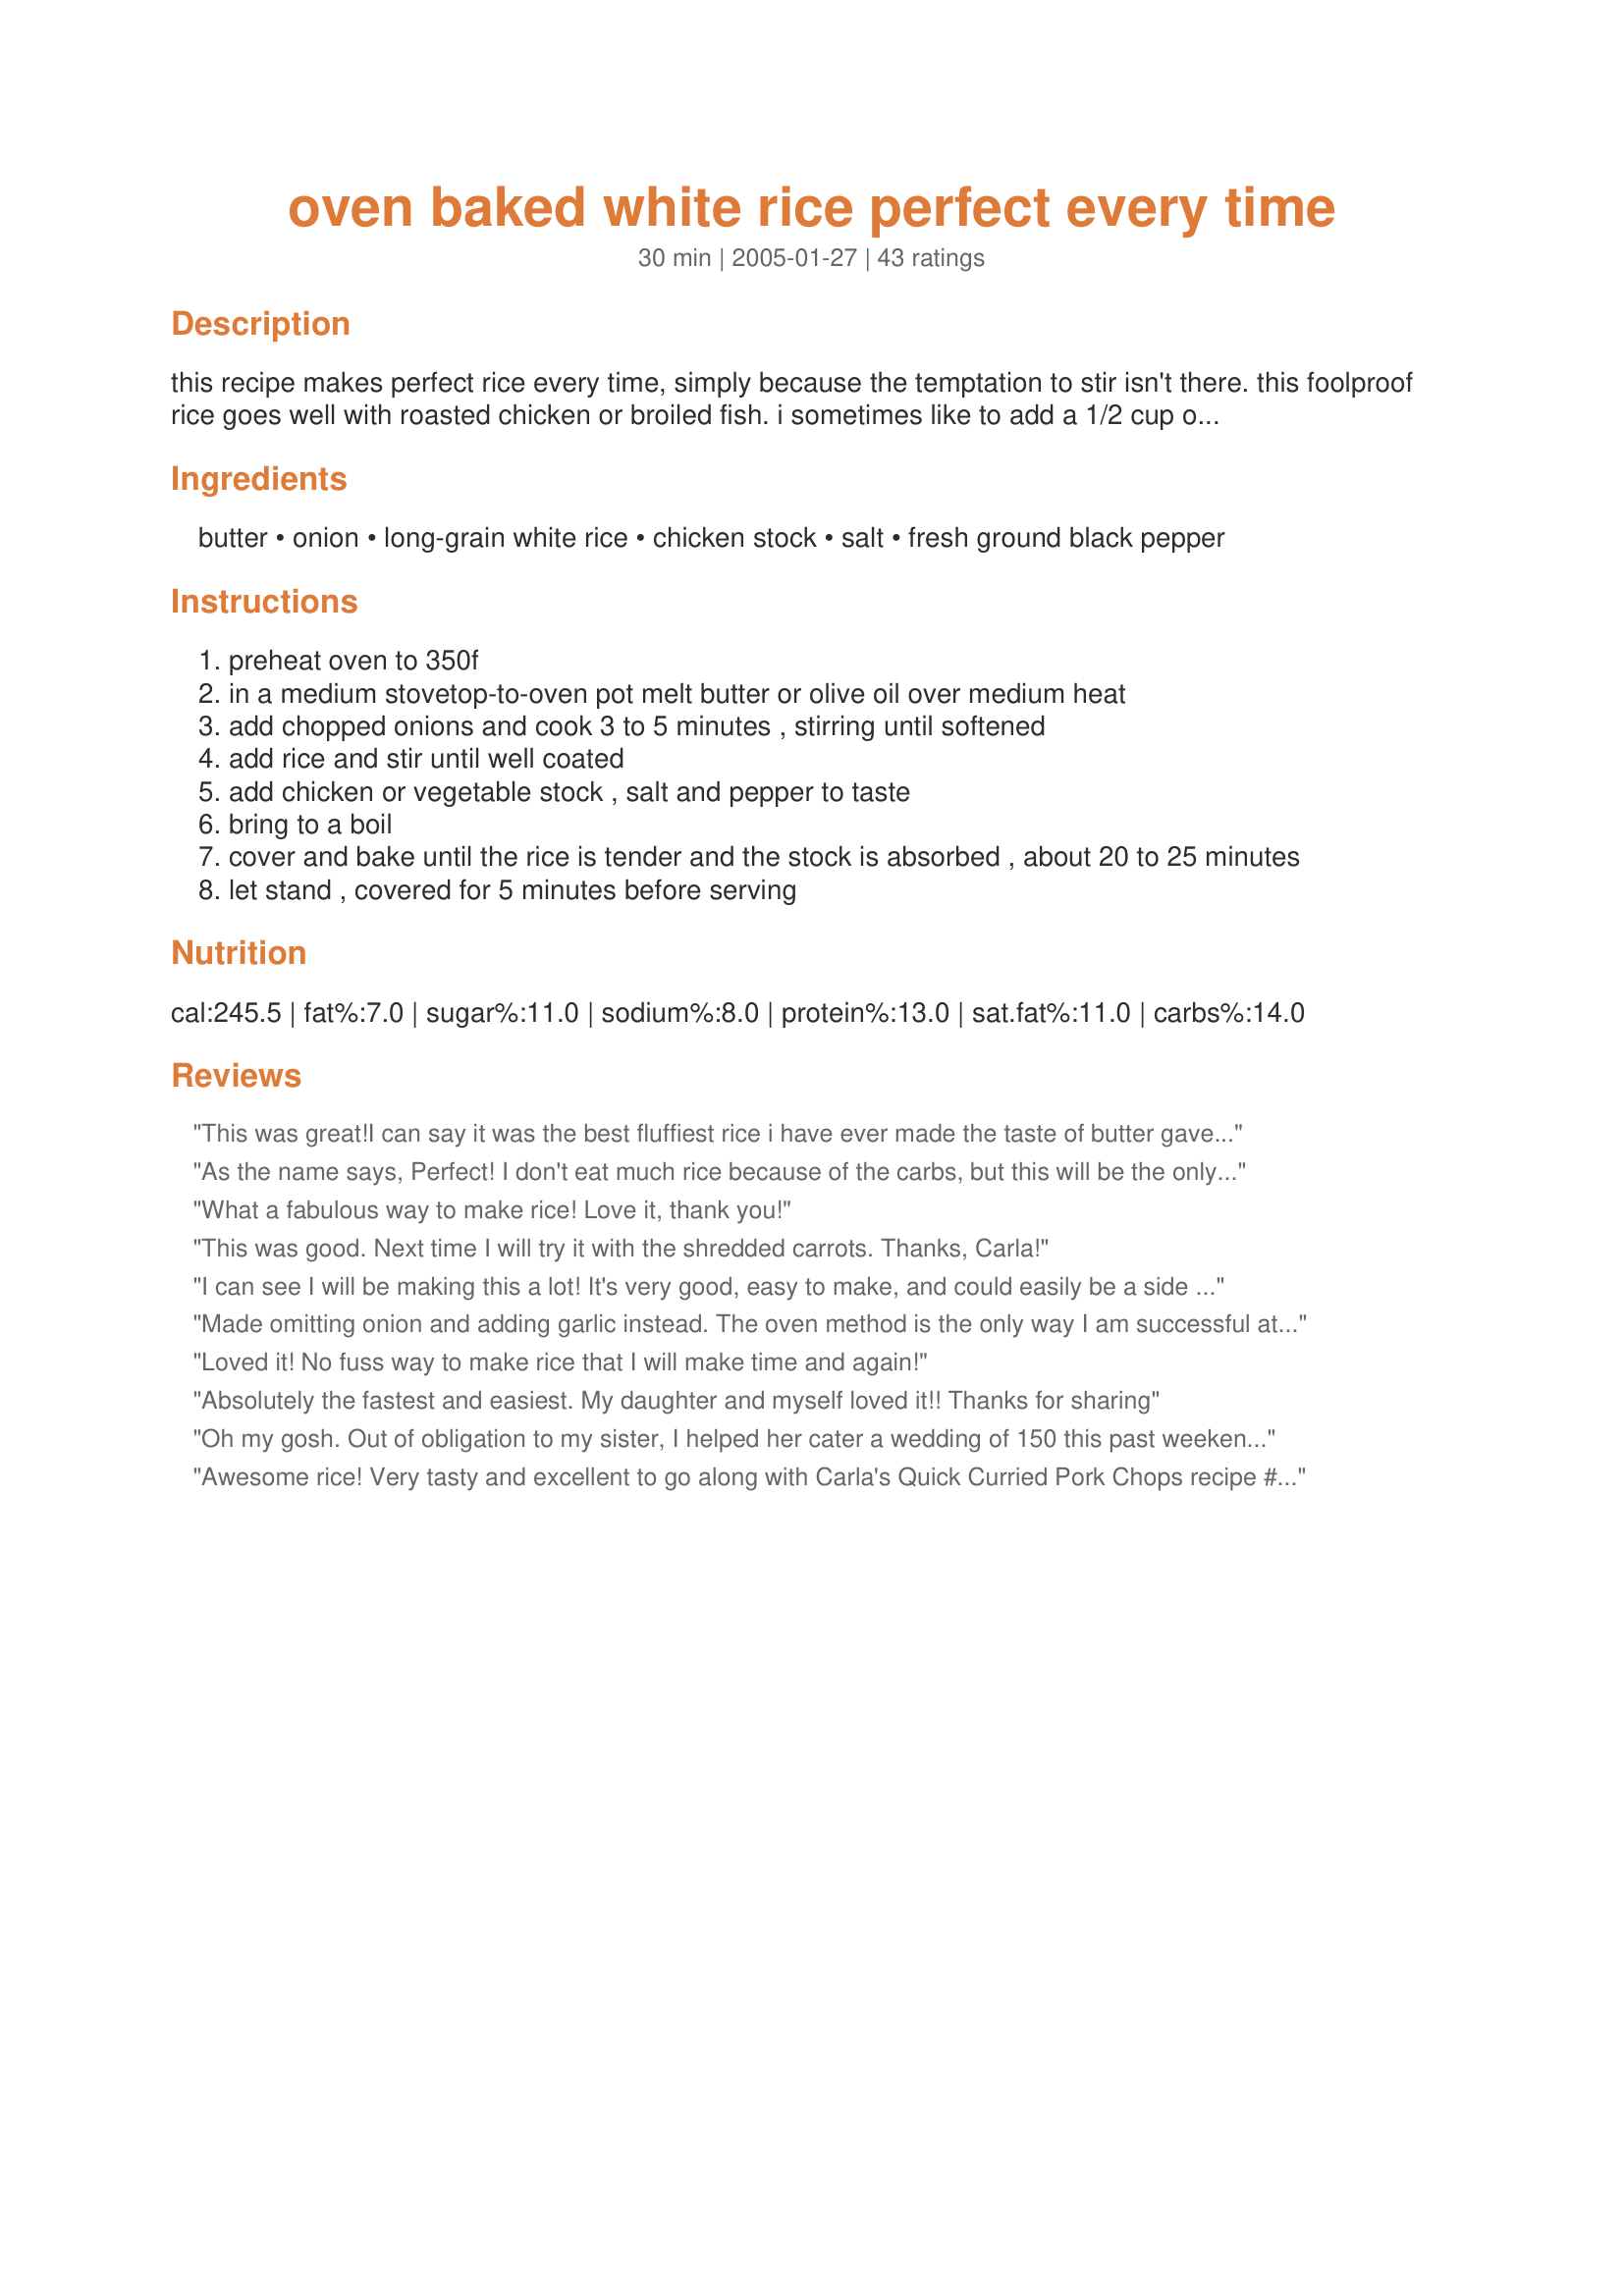
oven baked white rice perfect every time
Preparation time: 30 minutes

this recipe makes perfect rice every time, simply because the temptation to stir isn't there. this foolproof rice goes well with roasted chicken or broiled fish. i sometimes like to add a 1/2 cup of shredded carrots in addition to the onion to give it a flash of color.

Ingredients:
butter, onion, long-grain white rice, chicken stock, salt, fresh ground black pepper

Steps:
preheat oven to 350f
in a medium stovetop-to-oven pot melt butter or olive oil over medium heat
add chopped onions and cook 3 to 5 minutes , stirring until softened
add rice and stir until well coated
add chicken or vegetable stock , salt and pepper to taste
bring to a boil
cover and bake until the rice is tender and the stock is absorbed , about 20 to 25 minutes
let stand , covered for 5 minutes before serving

Reviews:
This was great!I can say it was the best fluffiest rice i have ever made the taste of butter gave it an amazing flavor.Thanks for posting!
As the name says, Perfect! I don't eat much rice because of the carbs, but this will be the only recipe I will use in the future. I can forget about it without having to clean it up, and it's not the boring white stuff. Thank you.
What a fabulous way to make rice! Love it, thank you!
This was good. Next time I will try it with the shredded carrots. Thanks, Carla!
I can see I will be making this a lot! It's very good, easy to make, and could easily be a side for any number of main dishes. I used olive oil, added the carrots and used two chicken bullion cubes in two cups of boiling water for the chicken stock. 20 minutes in the oven was the perfect time. I love it!!
Made omitting onion and adding garlic instead. The oven method is the only way I am successful at making rice! Turned out perfect!
Loved it! No fuss way to make rice that I will make time and again!
Absolutely the fastest and easiest. My daughter and myself loved it!! Thanks for sharing
Oh my gosh. Out of obligation to my sister, I helped her cater a wedding of 150 this past weekend. She owns a restaurant but cannot cook. I've never cooked for a crowd. We were both very worried. The wedding had a Hawaiian theme and we made this rice. We made four large disposable pans (two batches in each pan). Just like you said, it came out perfect.
Thank you for this fabulous recipe.
Awesome rice! Very tasty and excellent to go along with Carla's Quick Curried Pork Chops recipe #61176. 
The rice was differently Perfect!!! 
Thanks Carla for another wonderful recipe!
This rice went well with a tilapia recipe I was making. I did use the vegetable stock as I figured it would go better than the chicken stock, and was very pleased with the results. Thank you Carla. :)
Made this at the soup kitchen for 100 people! Perfect and delicious!!
Simply the BEST rice recipe ever! I changed the preparation however, because I increased the servings to 80 people for our Family Reunion. I sauteed the onions in a separate skillet, made the broth in a pot, and then added the sauteed onions. I put the rice in the pan of my large electric roaster oven, poured the broth over it and stirred the broth into it thoroughly. I set the temperature to 350 degrees and baked it for 20-25 minutes. It turned out perfect - just like the name says! Thank you for submitting this wonderful recipe that will feed a crowd. By the way, I served it with recipe #77031, Braised and Barbecued Chicken Thighs. The sauce from this was so good we used it over the rice even when the chicken was all gone!
Ive never been able to make rice. I bake my own bread, make my own pasta dough, pizza dough, bbq sauces and marinades. I can cook just about anything but rice. Mine always turns out mushy, slightly crunchy, or both somehow. This recipe is perfect as is. Ill add beans or diced tomatoes with salsa and chiles depending on the main dish, but 24 mins plus 5 mins resting time and its always perfect. I double the recipe and use the leftovers for fried rice or arancini. Thank you for this recipe!
Very nice rice! I used a saucepan to saute the onions in olive oil, added all the other ingredients and when it came to a boil I put it in a 2 qt glass pan,covered it with aluminum foil and put it in the oven for 30 minutes at 350. I turned out great. We will have this again. Thanks for the recipe.&lt;br/&gt;Carole in Orlando
While this may be tasty, all you&#039;ve done with this recipe is complicate the rice making process. Is it Oven Baked Rice, Stove Top Rice OR Stove Top Started - Oven Finished Rice???
Excellent recipe. I love the fact that you can use your homemade broth to tie in the flavours to your main meal & the rice doesn't stick to your pot this way of cooking. Great rice, thanks for sharing.
I didn't have as much luck with this recipe as others did, apparently. The recipe progressed fine until I baked it in the oven for 20 minutes, then I opened it to see if the liquid was cooked off and was dismayed to see that quite a bit of liquid was still present. I put it back in for another 7 minutes and checked again. There was less liquid, so I let it set covered for 10 minutes, then served. It was gloppy and way too moist. While it tasted fine, we prefer drier rice. thanks for posting.
This recipe is easy and has a good taste. I reduced the liquid to 3/4 cup versus 1 cup and it was ready on time and not soupy.<br/><br/>For variety, next time I will dissolve bouillon cubes to make the broth, since the flavor is different & maybe even add finely chopped cilantro right before serving. Thanks for sharing!
This rice is delicious! I made it with the olive oil instead of the butter and i also added shredded carrots. I made this to go with BBQed chicken and plain wheat bread and butter. It went perfect with it. Thank you, Carla.
Perfect rice! The recipe doubled nicely and was used as a base for Recipe #131989. I can see me making this again.
Simple and so good. I used butter and a medium onion. The rice was perfect. Thanks Carla :) Made for Name that ingredient tag game
Perfect rice which halves perfectly. I added onion, garlic, and mushrooms. I used a chicken bouillion cube to the simmering water. The rice was done in 20 minutes, and it is delicious!
This is one of those recipes that everybody should have in their permanent files. This is the most convenient way to make rice if you are cooking a meal in the oven anyway. Give this method a try. You won't be disappointed with the results!
Fantastic rice! My 8 year old son usually hates rice but he said he really liked THIS rice. (Don't tell him it has onions in it!) The rest of the family enjoyed it too. I made it just as described; it was done after 23 minutes.<br/>Thanks for a great new and different way to make delicious rice!
Oh! Carla, this recipe is so great & simple. I don't like microwave rice & my stove wasn't working one day(;(. So I was looking for a recipe to cook rice in the oven. This a good base for the beginings of a wonderful dinner. Thx again. Now I can make rice anytime, no excuses!
Perfect, perfect, perfect rice. What a blessed recipe. I made 2 adjustments: reduced sodium chicken broth & basmati. Could not be any easier to prepare. Many, MANY thanks !!
Used vegetable stock, red onion, and aromatic brown rice. It took longer than 25 minutes for the rice to absorb the stock and I was impatient so mine came out a tiny bit soupy but it was very good. I only had 1.5 cups of stock left and used a half cup of water and it still turned out well.
9/16/08 - This was great! I was a little afraid of baking rice in the oven, but after all of the good reviews, I had to give it a try. Very tasty! Thank you for posting! Updated 12/16/09 - I made this last night using beef broth, and it is just delicious! I had forgotten how good this is and am putting it in my "definitely make again" file!
I never thought of making rice in the oven, I was looking for the secret to making perfect rice, I was tired of the sticky rice you get when you make it on the stove top. My rice turned out great, thanks for the recipe.
I can cook it all; lasagna, stromboli, chicken cordon blue, BBQ ribs, if you can name it I can cook it! -EXCEPT rice. I could never get it right... Not anymore, this recipe was purrfection! Done in 25 minutes, not burnt not soggy (like it usually is with me). I told my DH when he looked at me shocked that my rice was edible, "I've tried rice cooker, microwaves, stove tops, but never baked!" This will be the onyl way I do rice from now on. Thank you so much! You have no idea how much it means to me to be able to cook perfect rice (I'm Hispanic and traditionally we cook A LOT of rice and since I was never able to my family would kind of look down at me, 'She can't cook rice? It's so easy!' Well now I can!) Thanks again!
Wow! I have always struggled with making watery or dry undercooked rice but no more!!!
This was sooo easy to make. I doubled the ingredients and left out the onion. Superb recipe! Thanks for sharing!!!!!!!!!!!!!!!!!
Have made several times, My go-to rice recipe! Kids love it and I often add celery and shredded carrots too.
What a great way to make rice! Freed up my stovetop AND the rice turned out perfectly. I did adapt this recipe to make "plain" rice since I was making beef tips and gravy. EDITED TO ADD: I just made this recipe EXACTLY as stated and added 1/2 cup grated carrots... MY OH MY, it was just WONDERFUL! Five stars is not enough! This recipe will be a regular here from now on!!!!!
This is awesome rice :)
The only thing I did different was cook it on the stove(sorry :(
I only made plain rice but this was a good really easy, rice is hit or miss for me. Next time I'll try the recipe as is. Thanks for posting.
This was great, I also added one grated carrot. I needed to add a little more water 5 minutes before it was ready. Will definitely make this again.
Just made this today and it was very good. I used garlic instead of onions since I have picky eaters here. I will make this again.
This rice really was wonderful. However, it only gets the four stars from me instead of five because I had to leave it in the oven for 35 minutes, not 20 to 25 as the directions indicated. Once I took the rice out of the oven at 35 min., it was just right. Thank you!
Very nice indeed. I just sauted a little garlic along with the onions and added chopped tomatoes because we like the combination in rice. following other people's suggestions I also added carrots.
I do like this rice too. Being a vegetarian, I substituted the chicken stock with Maggi vegetable stock. I did not add the 1/4 tsp. of salt because the stock that I used already contains salt and the taste was fine without requiring any more in addition. I garnished this with some fresh parsley{chopped} and it went off very well for lunch with everyone at home. Thanks for posting!
I am giving this one 5* because of the ease of cooking and versatility of it. Also fuel savings! I halved the recipe and because I just needed some plain rice I brought to the boil in a microwave/oven proof jug, 1 cup long grain rice, 2 cups water & 1 dessertspoon butter. Covered the jug with tinfoil and placed it in the oven for 20mins beside the chicken I was cooking. It turned out great. Left it to stand for 5 mins then served sprinkled with parsley. This is a winner. Thanks for posting:)
This rice is amazing! I never thought that rice would be so easy until I found this recipe! Thank you! It is moist and delicious and even stays moist for leftovers - unlike some rice that turns hard after the first day it is served. I will use this time and time again - and it goes with everything!
